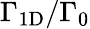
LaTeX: \Gamma_{\mathrm{1D}}/\Gamma_{0}